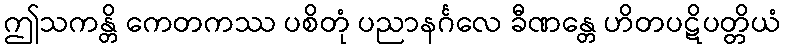
ဤသကန္တိ ကေတကဿ ပစိတုံ ပညာနင်္ဂလေ ခီဏန္တေ ဟိတပဋိပတ္တိယံ